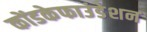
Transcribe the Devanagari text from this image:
कोंडकेफाउंडेशन